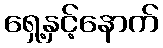
ရှေ့နှင့်နောက်